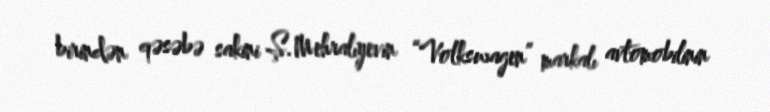
birindən qəsəbə sakini Ş.Mehralıyevin “Volkswagen” markalı avtomobilinin